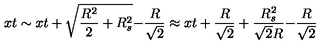
{ \binom { x } { t } } \sim { \binom { x } { t } } + { \binom { \sqrt { { \frac { R ^ { 2 } } { 2 } } + R _ { s } ^ { 2 } } } { - { \frac { R } { \sqrt { 2 } } } } } \approx { \binom { x } { t } } + { \binom { { \frac { R } { \sqrt { 2 } } } + { \frac { R _ { s } ^ { 2 } } { \sqrt { 2 } R } } } { - { \frac { R } { \sqrt { 2 } } } } }